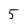
Character: 5